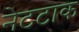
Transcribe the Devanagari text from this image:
नेटटाक